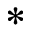
^ *